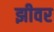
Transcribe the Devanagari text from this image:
झीवर